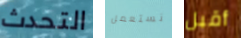
التحدث نستعمل أقبل